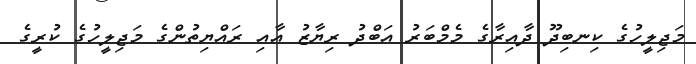
މަޖިލީހުގެ ކިނބިދޫ ދާއިރާގެ މެމްބަރު އަބްދު ރިޔާޒު އާއި ރައްޔިތުންގެ މަޖިލީހުގެ ކުރީގެ